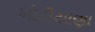
ખોડીયાણા